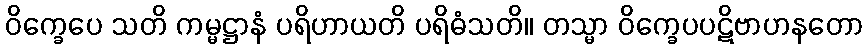
ဝိက္ခေပေ သတိ ကမ္မဋ္ဌာနံ ပရိဟာယတိ ပရိဓံသတိ။ တသ္မာ ဝိက္ခေပပဋိဗာဟနတော